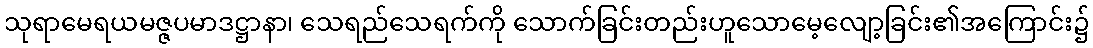
သုရာမေရယမဇ္ဇပမာဒဋ္ဌာနာ၊ သေရည်သေရက်ကို သောက်ခြင်းတည်းဟူသောမေ့လျော့ခြင်း၏အကြောင်း၌